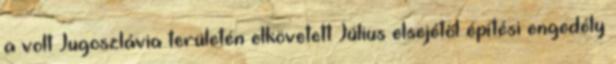
a volt Jugoszlávia területén elkövetett Július elsejétől építési engedély